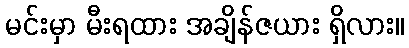
မင်းမှာ မီးရထား အချိန်ဇယား ရှိလား။